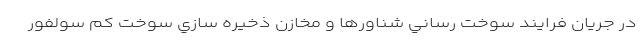
در جريان فرايند سوخت رساني شناورها و مخازن ذخيره سازي سوخت كم سولفور